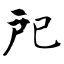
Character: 戺